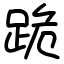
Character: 跪